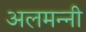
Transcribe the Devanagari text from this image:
अलमन्नी